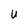
Character: U